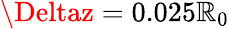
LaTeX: \Deltaz=0.025\mathbb{R}_{0}